Scientific memoirs by medical officers of the Army of India - Part III,
Year: 1887
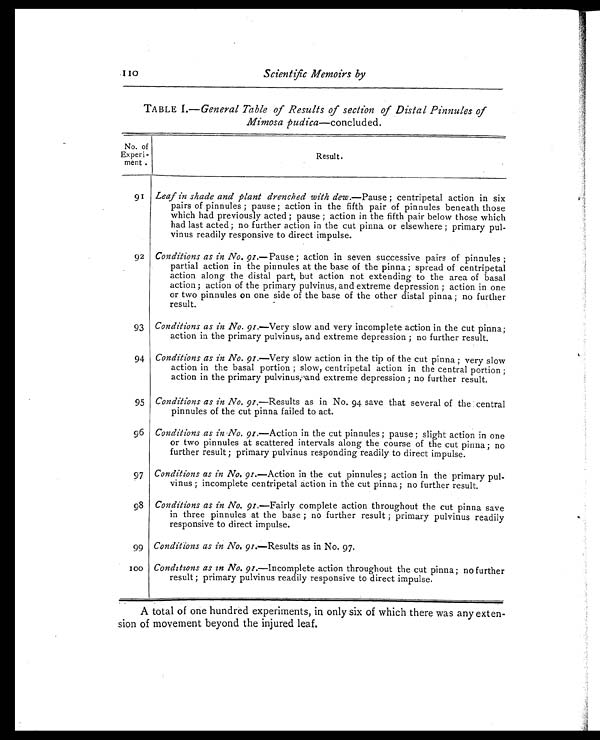
10
Scientific Memoirs by
TABLE I.— General Table of Results of section of Distal Pinnules of
Mimosa pudica—concluded.
No. of
Experi- ment .
Resul t.
91 Leaf in shade and plant drenched with dew .—Pause ; centripetal action in six
pairs of pinnules ; pause ; action in the fifth pair of pinnules beneath those
which had previously acted ; pause ; action in the fifth pair below those which
had last acted ; no further action in the cut pinna or elsewhere ; primary pul-
vinus readily responsive to direct impulse.
92 Conditions as in No. 91—Pause ; action in seven successive pairs of pinnules ;
partial action in the pinnules at the base of the pinna ; spread of centripetal
action along the distal part, but action not extending to the area of basal
action ; action of the primary pulvinus, and extreme depression ; action in one
or two pinnules on one side of the base of the other distal pinna ; no further
result.
93 Conditions as in No. 91. — V e r y s l o w a n d v e r y i n c o m p l e t e a c t i o n i n t h e c u t p i n n a ;
action in the primary pulvinus, and extreme depression ; no further result.
94 Conditions as in No. 91. — V e r y s l o w a c t i o n i n t h e t i p o f t h e c u t p i n n a ; v e r y s l o w
action in the basal portion ; slow, centripetal action in the central portion ;
action in the primary pulvinusnd extreme depression ; no further result.
95 Conditions as in No. 91. — R e s u l t s a s i n N o . 9 4 s a v e t h a t s e v e r a l o f t h e c e n t r a l
pinnules of the cut pinna failed to act.
96 Conditions as in No. 91. — A c t i o n i n t h e c u t p i n n u l e s ; p a u s e ; s l i g h t a c t i o n i n o n e
or two pinnules at scattered intervals along the course of the cut pinna; no
further result ; primary pulvinus responding readily to direct impulse.
97 Conditions as in No. 91. — A c t i o n i n t h e c u t p i n n u l e s ; a c t i o n i n t h e p r i m a r y p u l -
vinus ; incomplete centripetal action in the cut pinna; no further result.
98 Conditions as in No. 91. — F a i r l y c o m p l e t e a c t i o n t h r o u g h o u t t h e c u t p i n n a s a v e
in three pinnules at the base ; no further result ; primary pulvinus readily
responsive to direct impulse.
99 Conditions as in No. 91. — R e s u l t s a s i n N o . 9 7 .
1 0 0 Conditions as in No. 91. — I n c o m p l e t e a c t i o n t h r o u g h o u t t h e c u t p i n n a ; n o f u r t h e r
result ; primary pulvinus readily responsive to direct impulse.
A A total of one hundred experiments, in only six of which there was any exten
-sion of movement beyond the injured leaf.